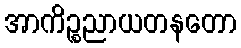
အာကိဉ္စညာယတနတော